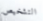
التشخيص